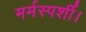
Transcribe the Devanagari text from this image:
मर्मस्पर्शी।